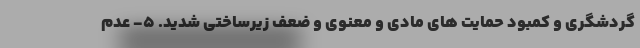
گردشگری و کمبود حمایت­ های مادی و معنوی و ضعف زیرساختی شدید. ۵- عدم